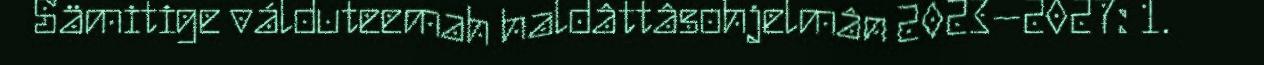
Sämitige válduteemah haldâttâsohjelmân 2023–2027: 1.